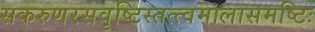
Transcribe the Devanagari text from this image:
सकरुणरसवृष्टिस्तत्त्वमालासमष्टिः